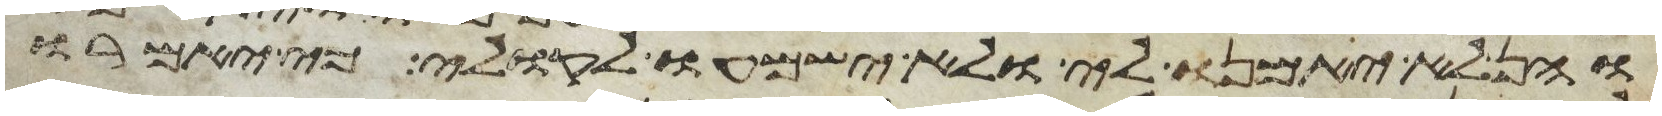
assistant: והן לא יאמנו לי ולא ישמעו לקולי כי יאמרו